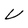
Character: V